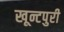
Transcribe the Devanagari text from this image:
खून्टपुरी